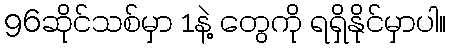
96ဆိုင်သစ်မှာ 1နဲ့ တွေကို ရရှိနိုင်မှာပါ။